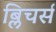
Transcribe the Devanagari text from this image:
ब्लिचर्स